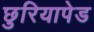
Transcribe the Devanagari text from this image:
छुरियापेड